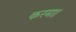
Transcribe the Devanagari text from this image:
करमा।